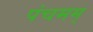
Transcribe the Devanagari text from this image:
पंचमम्